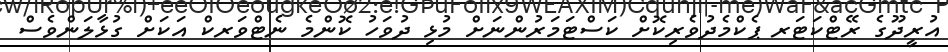
އުރީދޫގެ ރޭޓްކަޓަރ ޕެކްމެދުވެރިކޮށް ކަސްޓަމަރުންނަށް މުޅި ދުވަހު ކޮންމެ ނެޓްވަރކް އަކަށް ގުޅާލަންވެސް